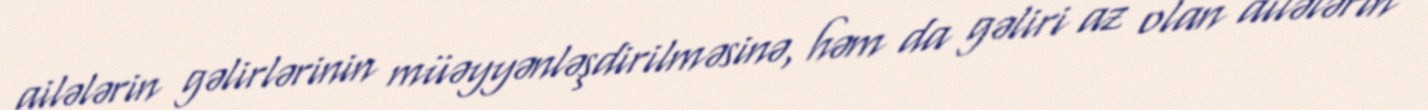
ailələrin gəlirlərinin müəyyənləşdirilməsinə, həm da gəliri az olan ailələrin